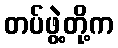
တပ်ဖွဲ့တို့က